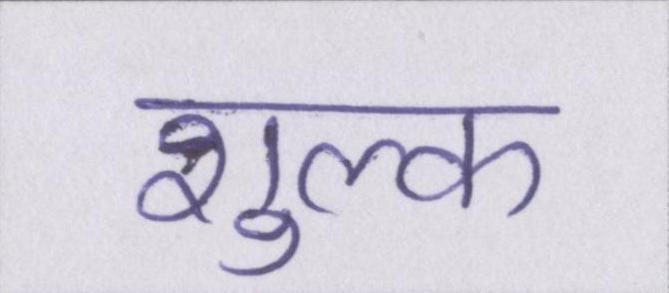
शुल्क